Vaccination in Bombay 1902-1912 - 1902-1912
Year: 1902
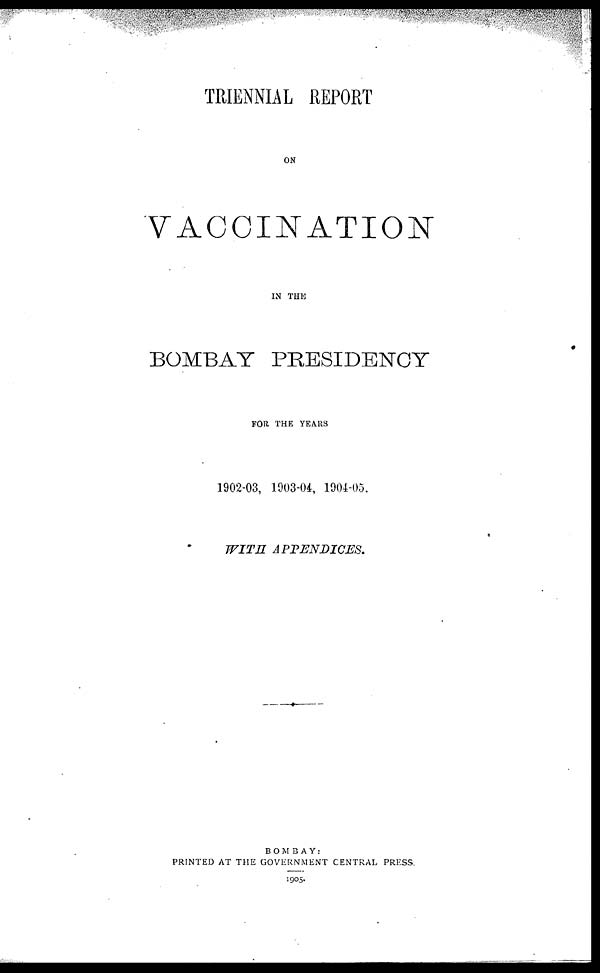
TRIENNIAL REPORT
ON
VACCINATION
IN THE
BOMBAY PRESIDENCY
FOR THE YEARS
1902-03, 1903-04, 1904-05.
WITH
APPENDICES.
BOMBAY:
PRINTED AT THE GOVERNMENT CENTRAL PRESS.
1905.